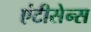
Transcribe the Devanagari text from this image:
एंटीसेन्स